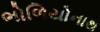
ભોળિયોનાથ